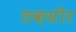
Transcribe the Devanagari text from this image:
तक़सीर